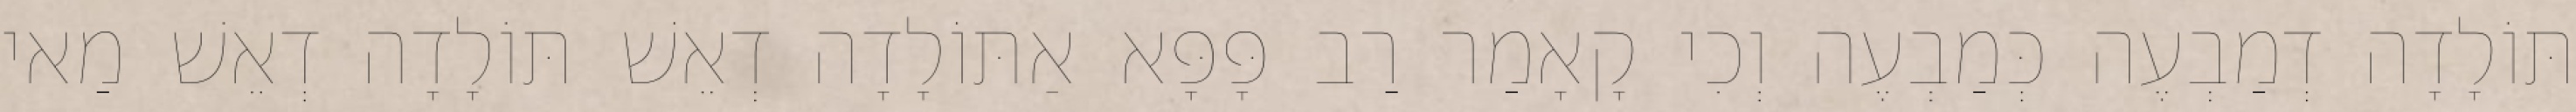
תּוֹלָדָה דְמַבְעֶה כְּמַבְעֶה וְכִי קָאָמַר רַב פָּפָּא אַתּוֹלָדָה דְאֵשׁ תּוֹלָדָה דְאֵשׁ מַאי